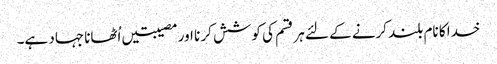
خدا کا نام بلند کرنے کے لئے ہر قسم کی کوشش کر نا اور مصیبتیں اُٹھانا جہاد ہے۔